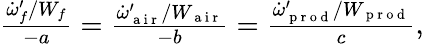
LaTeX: \begin{array}{r}{\frac{\dot{\omega}_{f}^{\prime}/W_{f}}{-a}=\frac{\dot{\omega}_{\mathrm{~a~i~r~}}^{\prime}/W_{\mathrm{~a~i~r~}}}{-b}=\frac{\dot{\omega}_{\mathrm{~p~r~o~d~}}^{\prime}/W_{\mathrm{~p~r~o~d~}}}{c},}\end{array}